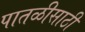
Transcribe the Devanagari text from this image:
पातळीसाठी